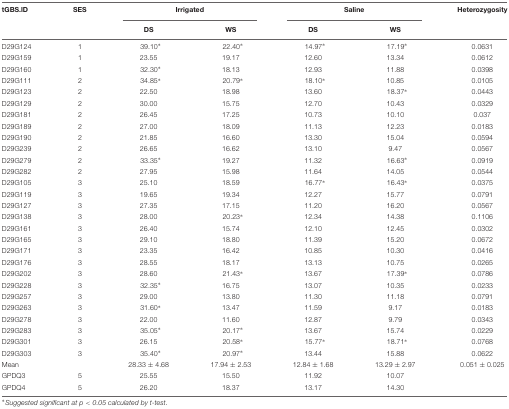
<table><thead><tr><td><b>tGBS.lD</b></td><td><b>SES</b></td><td colspan="2"><b>Irrigated</b></td><td colspan="2"><b>Saline</b></td><td><b>Heterozygosity</b></td></tr><tr><td></td><td></td><td><b>DS</b></td><td><b>WS</b></td><td><b>DS</b></td><td><b>WS</b></td><td></td></tr></thead><tbody><tr><td>D29G124</td><td>1</td><td>39.10<sup>∗</sup></td><td>22.40<sup>∗</sup></td><td>14.97<sup>∗</sup></td><td>17.19<sup>∗</sup></td><td>0.0631</td></tr><tr><td>D29G159</td><td>1</td><td>23.55</td><td>19.17</td><td>12.60</td><td>13.34</td><td>0.0612</td></tr><tr><td>D29G160</td><td>1</td><td>32.30<sup>∗</sup></td><td>18.13</td><td>12.93</td><td>11.88</td><td>0.0398</td></tr><tr><td>D29G111</td><td>2</td><td>34.85<sup>∗</sup></td><td>20.79<sup>∗</sup></td><td>18.10<sup>∗</sup></td><td>10.85</td><td>0.0105</td></tr><tr><td>D29G123</td><td>2</td><td>22.50</td><td>18.98</td><td>13.60</td><td>18.37<sup>∗</sup></td><td>0.0443</td></tr><tr><td>D29G129</td><td>2</td><td>30.00</td><td>15.75</td><td>12.70</td><td>10.43</td><td>0.0329</td></tr><tr><td>D29G181</td><td>2</td><td>26.45</td><td>17.25</td><td>10.73</td><td>10.10</td><td>0.037</td></tr><tr><td>D29G189</td><td>2</td><td>27.00</td><td>18.09</td><td>11.13</td><td>12.23</td><td>0.0183</td></tr><tr><td>D29G190</td><td>2</td><td>21.85</td><td>16.60</td><td>13.30</td><td>15.04</td><td>0.0594</td></tr><tr><td>D29G239</td><td>2</td><td>26.65</td><td>16.62</td><td>13.10</td><td>9.47</td><td>0.0567</td></tr><tr><td>D29G279</td><td>2</td><td>33.35<sup>∗</sup></td><td>19.27</td><td>11.32</td><td>16.63<sup>∗</sup></td><td>0.0919</td></tr><tr><td>D29G282</td><td>2</td><td>27.95</td><td>15.98</td><td>11.64</td><td>14.05</td><td>0.0544</td></tr><tr><td>D29G105</td><td>3</td><td>25.10</td><td>18.59</td><td>16.77<sup>∗</sup></td><td>16.43<sup>∗</sup></td><td>0.0375</td></tr><tr><td>D29G119</td><td>3</td><td>19.65</td><td>19.34</td><td>12.27</td><td>15.77</td><td>0.0791</td></tr><tr><td>D29G127</td><td>3</td><td>27.35</td><td>17.15</td><td>11.20</td><td>16.20</td><td>0.0567</td></tr><tr><td>D29G138</td><td>3</td><td>28.00</td><td>20.23<sup>∗</sup></td><td>12.34</td><td>14.38</td><td>0.1106</td></tr><tr><td>D29G161</td><td>3</td><td>26.40</td><td>15.74</td><td>12.10</td><td>12.45</td><td>0.0302</td></tr><tr><td>D29G165</td><td>3</td><td>29.10</td><td>18.80</td><td>11.39</td><td>15.20</td><td>0.0672</td></tr><tr><td>D29G171</td><td>3</td><td>23.35</td><td>16.42</td><td>10.85</td><td>10.30</td><td>0.0416</td></tr><tr><td>D29G176</td><td>3</td><td>28.55</td><td>18.17</td><td>13.13</td><td>10.75</td><td>0.0265</td></tr><tr><td>D29G202</td><td>3</td><td>28.60</td><td>21.43<sup>∗</sup></td><td>13.67</td><td>17.39<sup>∗</sup></td><td>0.0786</td></tr><tr><td>D29G228</td><td>3</td><td>32.35<sup>∗</sup></td><td>16.75</td><td>13.07</td><td>10.35</td><td>0.0233</td></tr><tr><td>D29G257</td><td>3</td><td>29.00</td><td>13.80</td><td>11.30</td><td>11.18</td><td>0.0791</td></tr><tr><td>D29G263</td><td>3</td><td>31.60<sup>∗</sup></td><td>13.47</td><td>11.59</td><td>9.17</td><td>0.0183</td></tr><tr><td>D29G278</td><td>3</td><td>22.00</td><td>11.60</td><td>12.87</td><td>9.79</td><td>0.0343</td></tr><tr><td>D29G283</td><td>3</td><td>35.05<sup>∗</sup></td><td>20.17<sup>∗</sup></td><td>13.67</td><td>15.74</td><td>0.0229</td></tr><tr><td>D29G301</td><td>3</td><td>26.15</td><td>20.58<sup>∗</sup></td><td>15.77<sup>∗</sup></td><td>18.71<sup>∗</sup></td><td>0.0768</td></tr><tr><td>D29G303</td><td>3</td><td>35.40<sup>∗</sup></td><td>20.97<sup>∗</sup></td><td>13.44</td><td>15.88</td><td>0.0622</td></tr><tr><td>Mean</td><td></td><td>28.33 ± 4.68</td><td>17.94 ± 2.53</td><td>12.84 ± 1.68</td><td>13.29 ± 2.97</td><td>0.051 ± 0.025</td></tr><tr><td>GPDQ3</td><td>5</td><td>25.55</td><td>15.50</td><td>11.92</td><td>10.07</td><td></td></tr><tr><td>GPDQ4</td><td>5</td><td>26.20</td><td>18.37</td><td>13.17</td><td>14.30</td><td></td></tr></tbody></table>